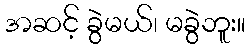
အဆင့် ခွဲမယ်၊ မခွဲဘူး။